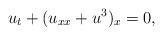
LaTeX: \begin{align*} u_t+(u_{xx}+u^3)_x=0,\end{align*}